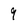
Character: 9